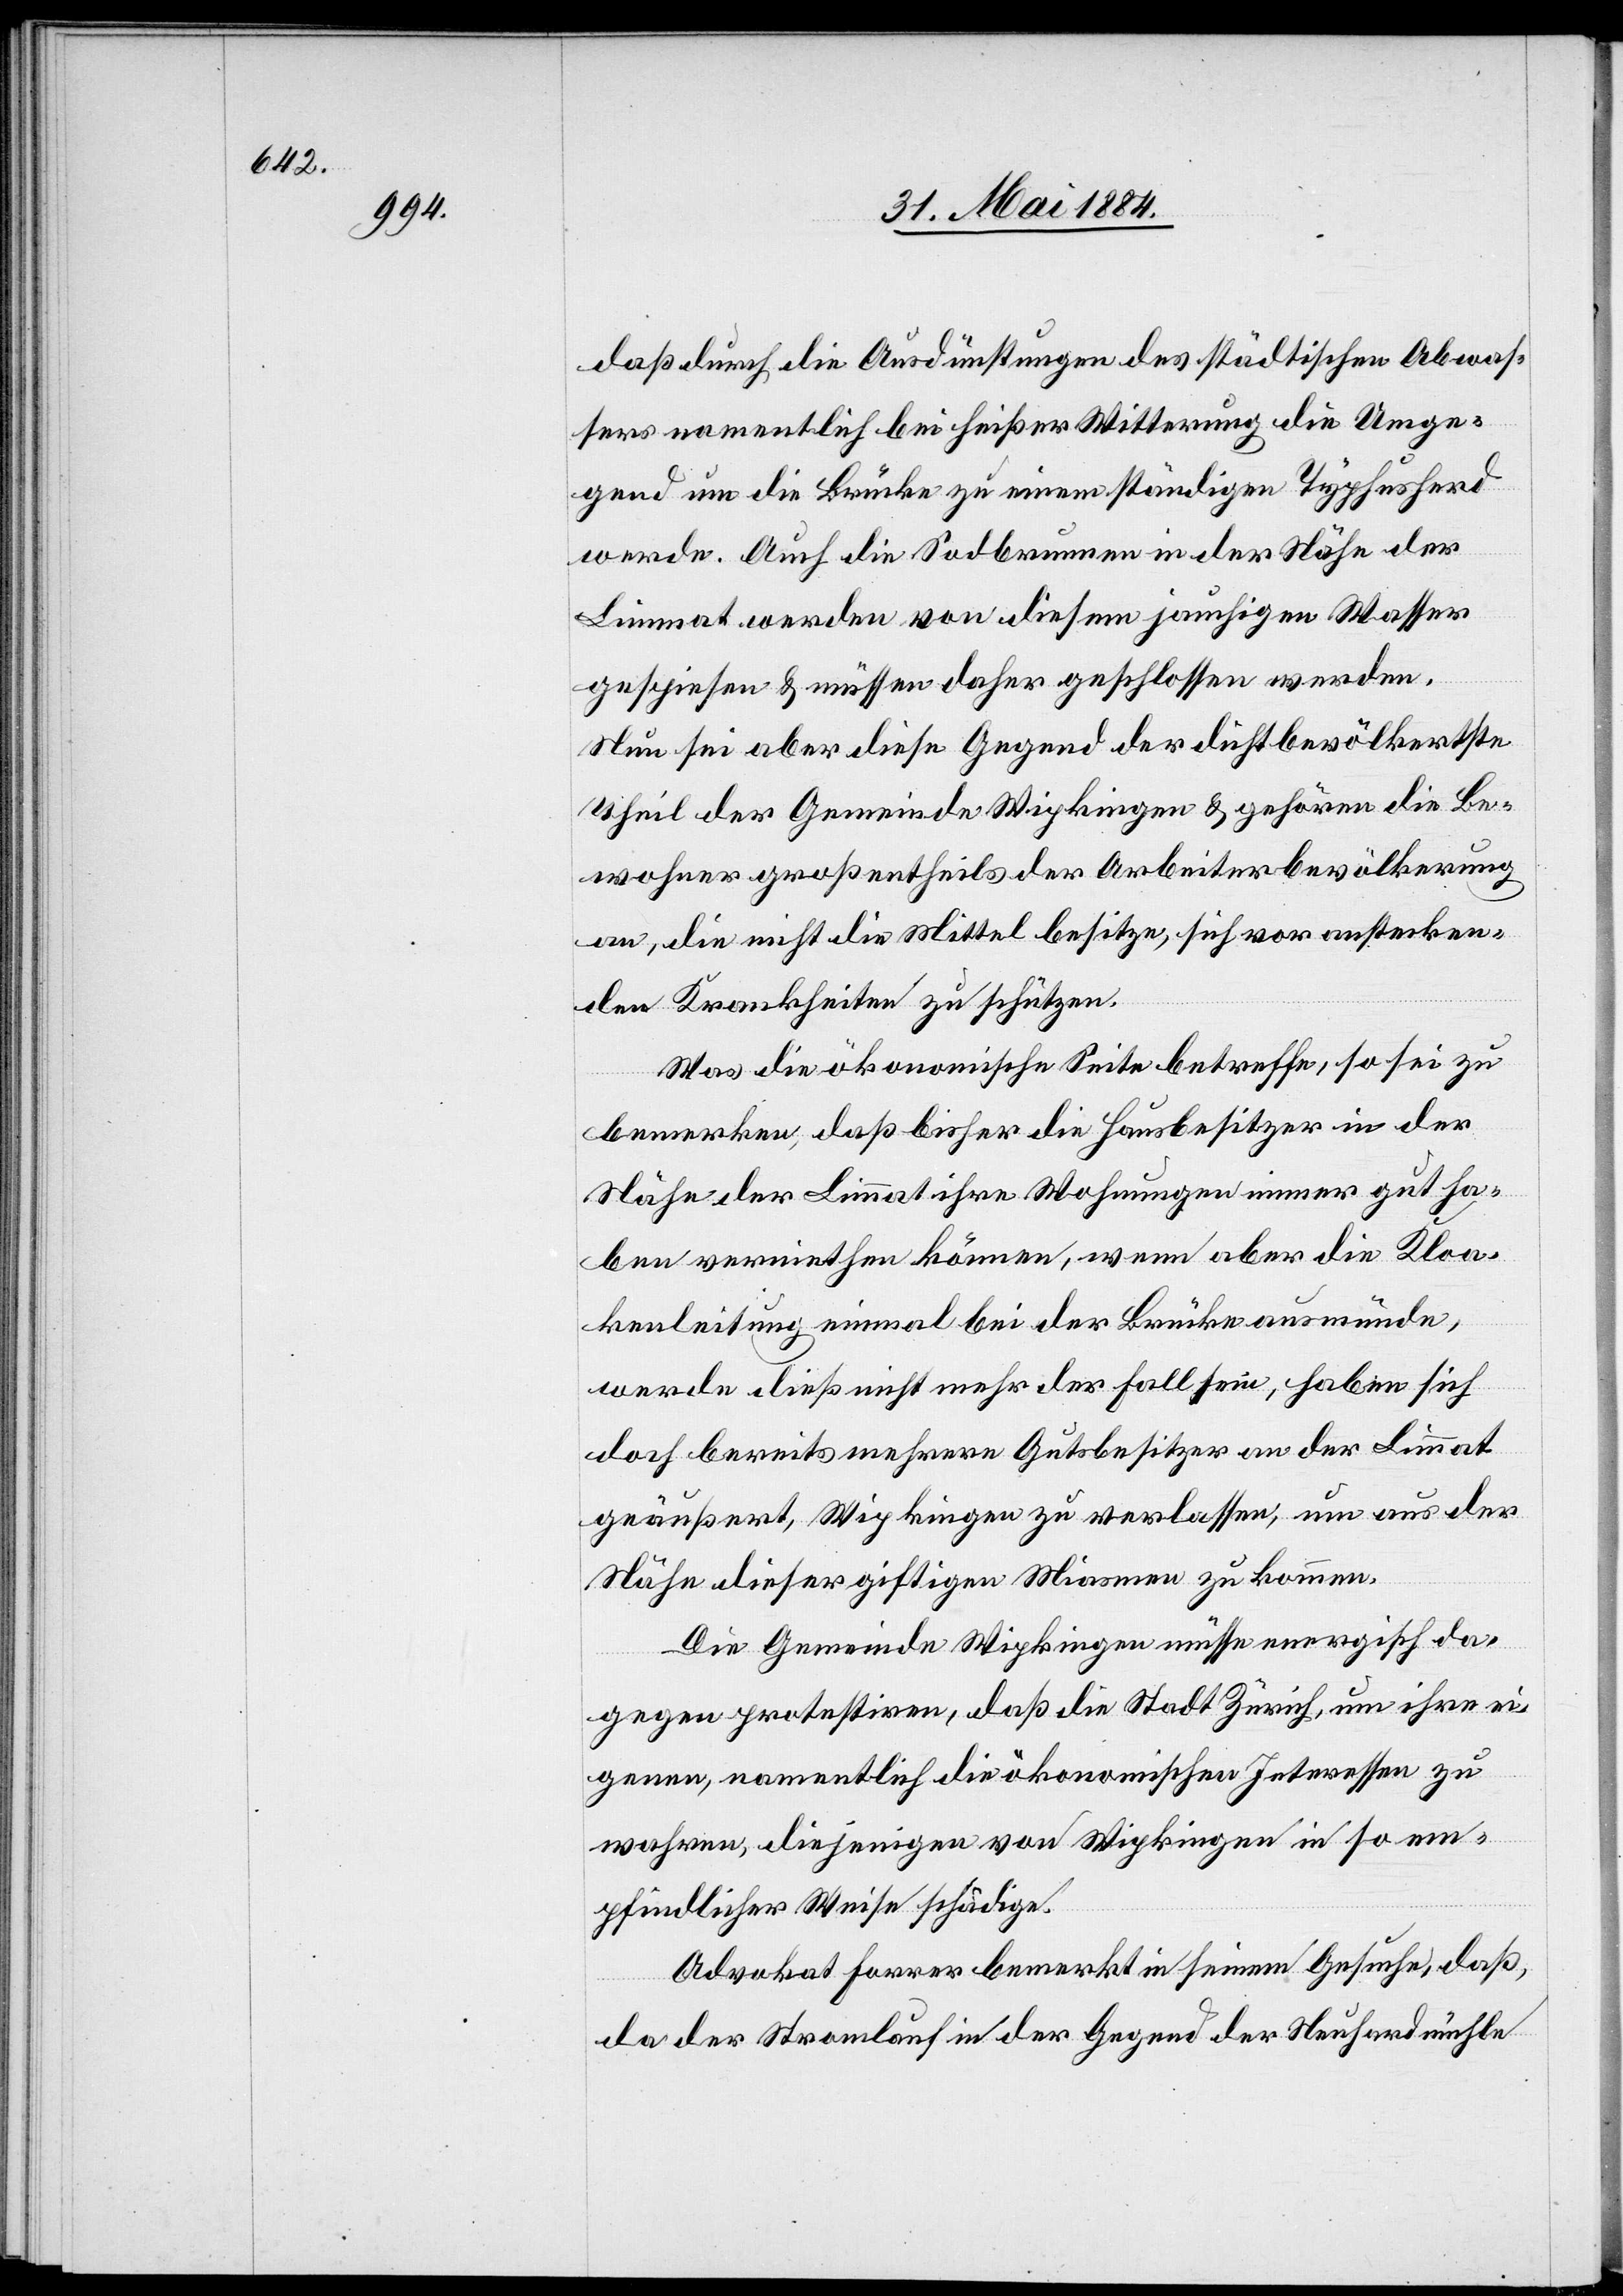
daß durch die Ausdünstungen des städtischen Abwas¬
sers namentlich bei heißer Witterung die Umge¬
gend um die Brücke zu einem ständigen Typhusherd
werde. Auch die Sodbrunnen in der Nähe der
Limmat werden von diesem jauchigen Wasser
gespiesen & müssen daher geschlossen werden.
Neu sei aber diese Gegend der dichtbevölkertste
Theil der Gemeinde Wipkingen & gehören die Be¬
wohner großentheils der Arbeiterbevölkerung
an, die nicht die Mittel besitzen, sich vor anstecken¬
den Krankheiten zu schützen.
Was die ökonomische Seite betreffe, so sei zu
bemerken, daß bisher die Hausbesitzer in der
Nähe der Limmat ihre Wohnungen immer gut ha¬
ben vermiethen können, wenn aber die Kloa¬
kenleitung einmal bei der Brücke ausmünde,
werde dieß nicht mehr der Fall sein, haben sich
doch bereits mehrere Gutsbesitzer an der Limmat
geäußert, Wipkingen zu verlassen, um aus der
Nähe dieser giftigen Miasme zu kommen.
Die Gemeinde Wipkingen müsse energisch da¬
gegen protestiren, daß die Stadt Zürich, um ihre ei¬
genen, namentlich die ökonomischen Interessen zu
wahren, diejenigen von Wipkingen in so em¬
pfindlicher Weise schädige.
Advokat Forrer bemerkt in seinem Gesuche, daß
da der Stromlauf in der Gegend der Neuhardmühle